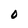
Character: O